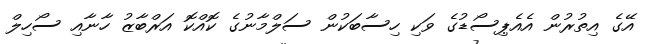
އޭގެ އިތުރުން އެއެޕިސޯޑުގެ ވަކި ހިސާބަކުން ސަލްމާނުގެ ކޮއްކޮ އަރްބާޒު ހާނާއި ސޯހިލް